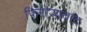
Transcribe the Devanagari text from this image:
फिरोजावाद